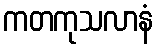
ကတကုသလာနံ